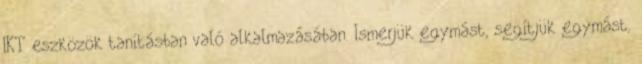
IKT eszközök tanításban való alkalmazásában. Ismerjük egymást, segítjük egymást,